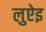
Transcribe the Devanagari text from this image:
लुऐइ